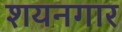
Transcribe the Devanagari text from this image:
शयनगार